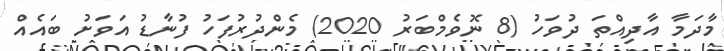
މާދަމާ އާދިއްތަ ދުވަހު (8 ނޮވެމްބަރު 2020) މެންދުރުފަހު ފުނާޑު އަވަށު ބައެއް